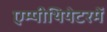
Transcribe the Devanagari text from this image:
एम्पीथियेटरमें